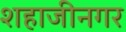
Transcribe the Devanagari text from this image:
शहाजीनगर